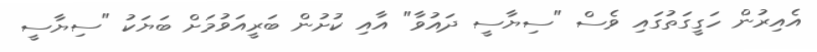
އެއިރުން ހަގީގަތުގައި ވެސް "ސިޔާސީ ދައުވާ" އާއި ކުށުން ބަރީއަވުމަށް ބަޔަކު "ސިޔާސީ